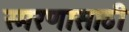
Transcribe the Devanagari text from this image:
स्मरणासाठी